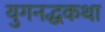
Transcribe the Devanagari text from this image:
युगनद्धकथा